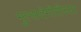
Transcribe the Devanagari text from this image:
मुत्सदेगीरीच्या